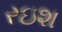
રઇશ